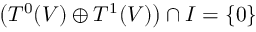
\left( T ^ { 0 } ( V ) \oplus T ^ { 1 } ( V ) \right) \cap I = \{ 0 \}